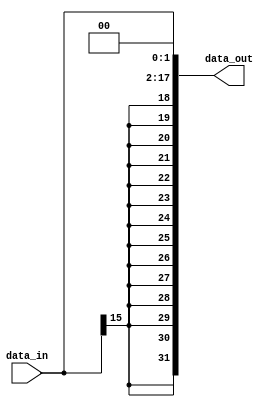
`timescale 1ns / 1ps
//////////////////////////////////////////////////////////////////////////////////
// Company: 
// Engineer: 
// 
// Design Name: 
// Module Name: S_Ext18
// Project Name: 
// Target Devices: 
// Tool Versions: 
// Description: 
// 
// Dependencies: 
// 
// Revision:
// Revision 0.01 - File Created
// Additional Comments:
// 
//////////////////////////////////////////////////////////////////////////////////


module S_Ext18(
    input [15:0]data_in,
    output [31:0]data_out
    );
    assign data_out={{14{data_in[15]}},data_in,2'b00};
  
endmodule